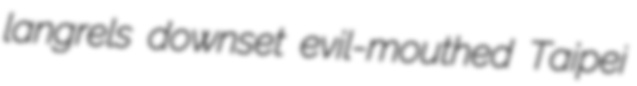
langrels downset evil-mouthed Taipei